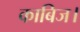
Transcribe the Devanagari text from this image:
काबिज।